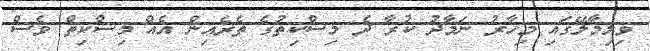
ވިލިމާލޭގައި މިހާރު ނަމާދު ކުރާ ދެ މިސްކިތުގެ ތެރެއިން އެއް މިސްކިތް ވެސް